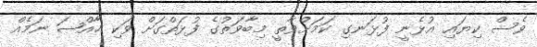
ވެސް ކިޔައި އުޅެނީ ފުޅަނގި ކަމަށްވާތީ މިބާވަތުގެ ފުޅަތްގަށް ވަކި ޚާއްޞަ ނަމެއް